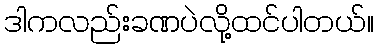
ဒါကလည်းခဏပဲလို့ထင်ပါတယ်။